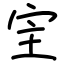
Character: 宔